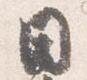
日